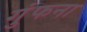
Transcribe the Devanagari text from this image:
गुंफना